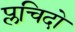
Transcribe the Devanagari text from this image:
प्लचिदो